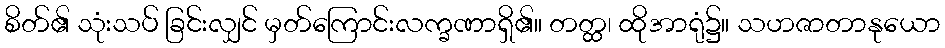
စိတ်၏ သုံးသပ် ခြင်းလျှင် မှတ်ကြောင်းလက္ခဏာရှိ၏။ တတ္ထ၊ ထိုအာရုံ၌။ သဟဇာတာနုယော